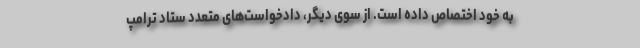
به خود اختصاص داده است. از سوی دیگر، دادخواست‌های متعدد ستاد ترامپ